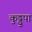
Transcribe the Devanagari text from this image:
कुड्डुपा